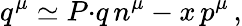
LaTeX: q^{\mu}\simeq P{\cdot}q\, n^{\mu}-x\, p^{\mu}\, ,